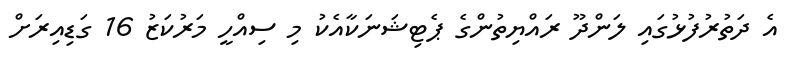
އެ ދަތުރުފުޅުގައި ލަންދޫ ރައްޔިތުންގެ ޕެޓިޝަނަކާއެކު މި ސިއްހީ މަރުކަޒު 16 ގަޑިއިރަށް